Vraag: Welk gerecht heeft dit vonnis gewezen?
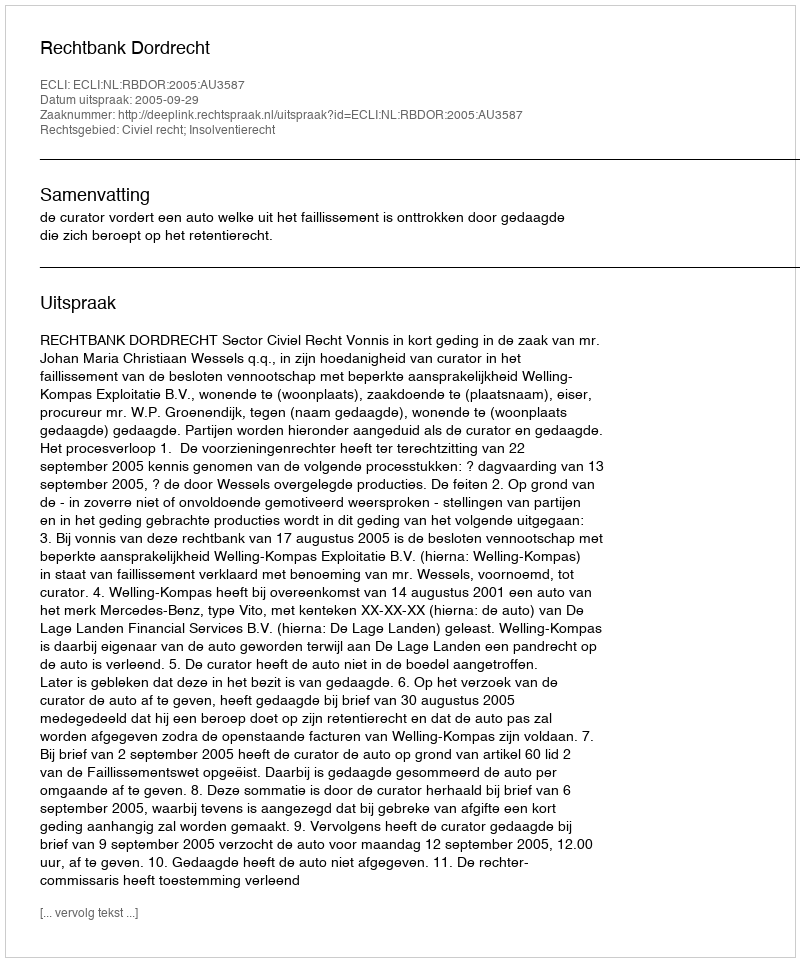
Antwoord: Rechtbank Dordrecht